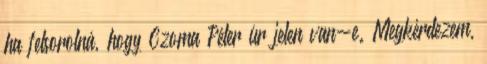
ha felsorolná, hogy Czoma Péter úr jelen van-e. Megkérdezem,